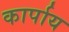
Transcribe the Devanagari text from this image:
कार्पाय